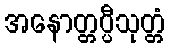
အနောတ္တပ္ပီသုတ္တံ